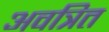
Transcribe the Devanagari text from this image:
अवत्रित